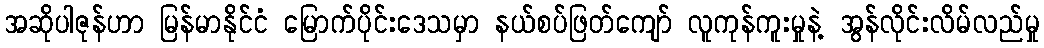
အဆိုပါဇုန်ဟာ မြန်မာနိုင်ငံ မြောက်ပိုင်းဒေသမှာ နယ်စပ်ဖြတ်ကျော် လူကုန်ကူးမှုနဲ့ အွန်လိုင်းလိမ်လည်မှု